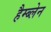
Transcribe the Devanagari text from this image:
हैम्ब्लेन